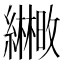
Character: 𫄒